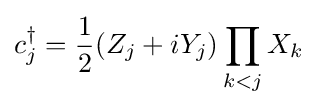
c_{j}^{\dagger }={\frac {1}{2}}(Z_{j}+iY_{j})\prod _{k<j}X_{k}